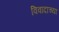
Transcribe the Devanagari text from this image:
विवादाच्या